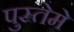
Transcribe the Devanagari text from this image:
पुस्तेमे